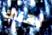
أهناك